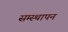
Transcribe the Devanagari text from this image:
सम्स्थापन